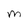
Character: M